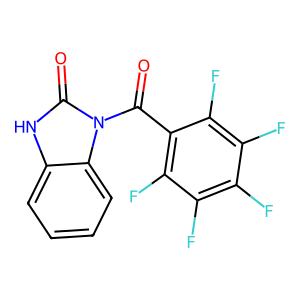
SMILES: O=C(c1c(F)c(F)c(F)c(F)c1F)n1c(=O)[nH]c2ccccc21
Inhibits HIV replication: No